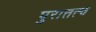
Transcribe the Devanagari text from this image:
पुरात्तत्त्व